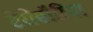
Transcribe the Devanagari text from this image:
टेरोसॉरिया